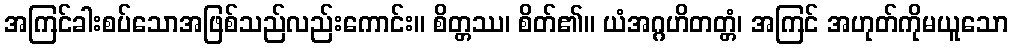
အကြင်ခါးစပ်သောအဖြစ်သည်လည်းကောင်း။ စိတ္တဿ၊ စိတ်၏။ ယံအဂ္ဂဟိတတ္တံ၊ အကြင် အဟုတ်ကိုမယူသော